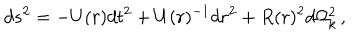
LaTeX: d s ^ { 2 } = - U ( r ) d t ^ { 2 } + U ( r ) ^ { - 1 } d r ^ { 2 } + R ( r ) ^ { 2 } d \Omega _ { k } ^ { 2 } \, ,